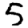
Digit: 5